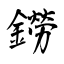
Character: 鐒